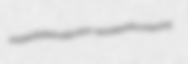
padder Battelmatt poison-sprinkled discontenting